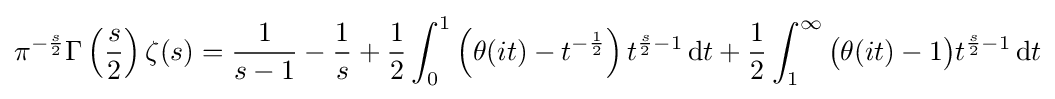
\pi ^{-{\frac {s}{2}}}\Gamma \left({\frac {s}{2}}\right)\zeta (s)={\frac {1}{s-1}}-{\frac {1}{s}}+{\frac {1}{2}}\int _{0}^{1}\left(\theta (it)-t^{-{\frac {1}{2}}}\right)t^{{\frac {s}{2}}-1}\,\mathrm {d} t+{\frac {1}{2}}\int _{1}^{\infty }{\bigl (}\theta (it)-1{\bigr )}t^{{\frac {s}{2}}-1}\,\mathrm {d} t